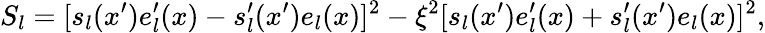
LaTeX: S_{l}=[s_{l}(x^{\prime})e_{l}^{\prime}(x)-s_{l}^{\prime}(x^{\prime})e_{l}(x)]^{2}-\xi^{2}[s_{l}(x^{\prime})e_{l}^{\prime}(x)+s_{l}^{\prime}(x^{\prime})e_{l}(x)]^{2},